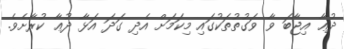
ދުޢާ އިޖާބަ ވާ ވަގުތުތަކުގައި މިކަމަށް އެދި ގަދަ އަޅާ ދުޢާ ކުރާށެވެ.